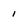
Character: i